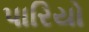
પારિયો